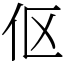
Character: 伛